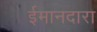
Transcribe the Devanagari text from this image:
ईमानदारा